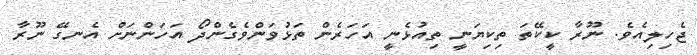
ޖެހިލިއެވެ. ނޫރާ ކީކޭތަ ތިކިޔަނީ ތިއުޅެނީ އަހަރެން ތަޅުވަންވެގެންދޯ އަހަންނަށް އެނގޭ ނޫރާ